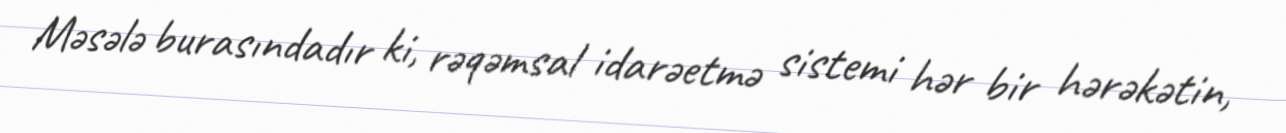
Məsələ burasındadır ki, rəqəmsal idarəetmə sistemi hər bir hərəkətin,